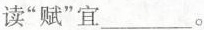
读”赋”宜___。